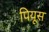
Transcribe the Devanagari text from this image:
पियूस